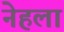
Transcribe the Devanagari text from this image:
नेहला